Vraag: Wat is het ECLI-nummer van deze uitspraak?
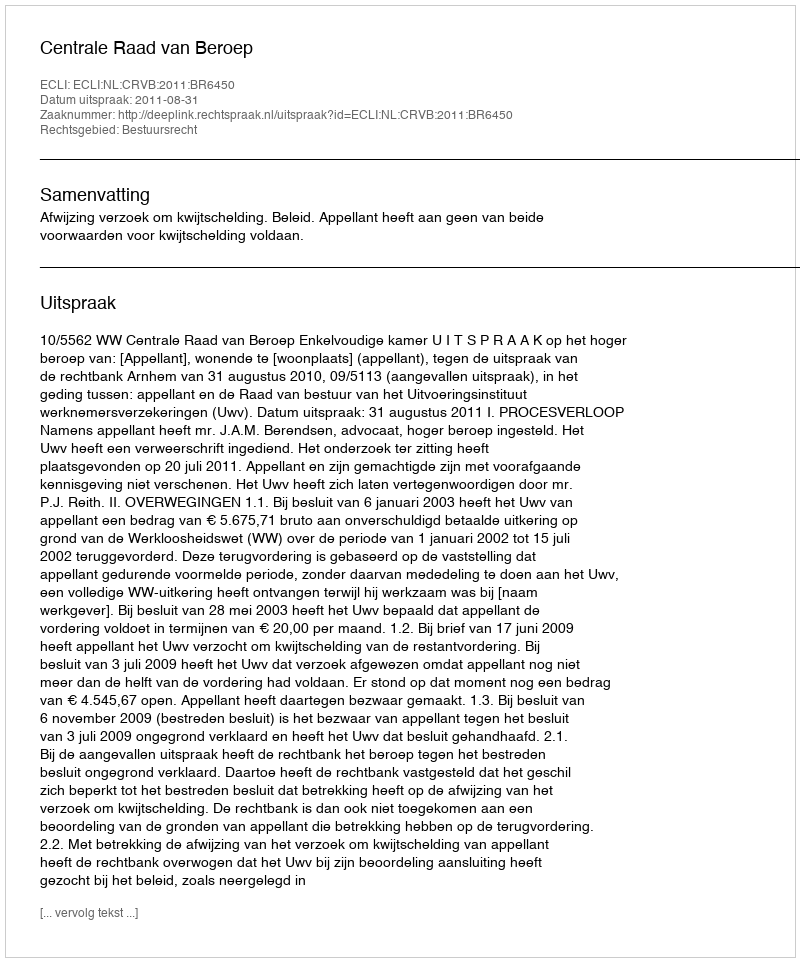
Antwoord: ECLI:NL:CRVB:2011:BR6450